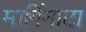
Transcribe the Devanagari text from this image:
मार्गिनाटा